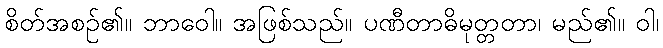
စိတ်အစဉ်၏။ ဘာဝေါ။ အဖြစ်သည်။ ပဏီတာဓိမုတ္တတာ၊ မည်၏။ ဝါ၊